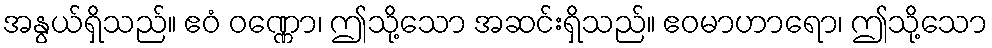
အနွယ်ရှိသည်။ ဧဝံ ဝဏ္ဏော၊ ဤသို့သော အဆင်းရှိသည်။ ဧဝမာဟာရော၊ ဤသို့သော